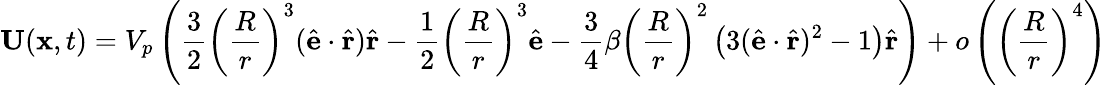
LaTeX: \mathbf{U}(\mathbf{x},t)=V_{p}\left(\frac{3}{2}\left(\frac{R}{r}\right)^{3}(\hat{\mathbf{e}}\cdot\hat{\mathbf{r}})\hat{\mathbf{r}}-\frac{1}{2}\left(\frac{R}{r}\right)^{3}\hat{\mathbf{e}}-\frac{3}{4}\beta\left(\frac{R}{r}\right)^{2}\left(3(\hat{\mathbf{e}}\cdot\hat{\mathbf{r}})^{2}-1\right)\hat{\mathbf{r}}\right)+o\left(\left(\frac{R}{r}\right)^{4}\right)